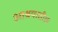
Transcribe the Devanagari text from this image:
आश्रयातील